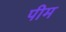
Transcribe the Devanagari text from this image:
पीम